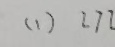
( 1 ) [ 7 ]